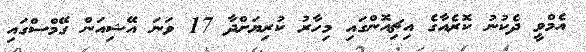
އެމްވީ ދެކުނު ކޮރެއާގެ އިޗިއޮންގައި މިހާރު ކުރިޔަށްދާ 17 ވަނަ އޭޝިއަން ގޭމްސްގައި